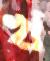
খ